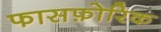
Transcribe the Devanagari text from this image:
फासफ़ोरिक